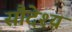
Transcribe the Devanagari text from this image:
सौदेश्य